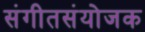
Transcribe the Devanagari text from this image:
संगीतसंयोजक